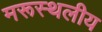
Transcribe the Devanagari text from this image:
मरूस्‍थलीय